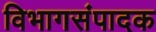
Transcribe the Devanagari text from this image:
विभागसंपादक